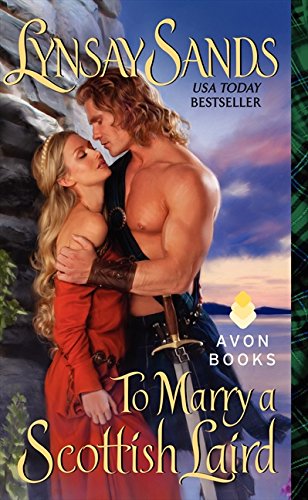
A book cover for To Marry a Scottish Laird; Lynsay Sands; Romance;